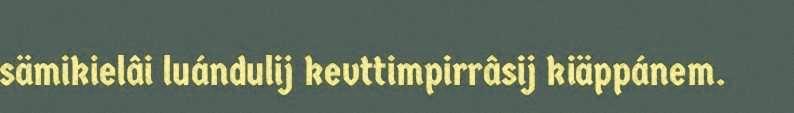
sämikielâi luándulij kevttimpirrâsij kiäppánem.